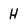
Character: H